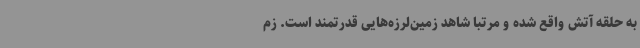
به حلقه آتش واقع شده و مرتباً شاهد زمین‌لرزه‌هایی قدرتمند است. زم